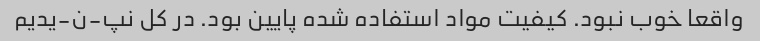
واقعا خوب نبود. کیفیت مواد استفاده شده پایین بود. در کل نپ-ن-یدیم